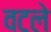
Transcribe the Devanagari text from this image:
वटले